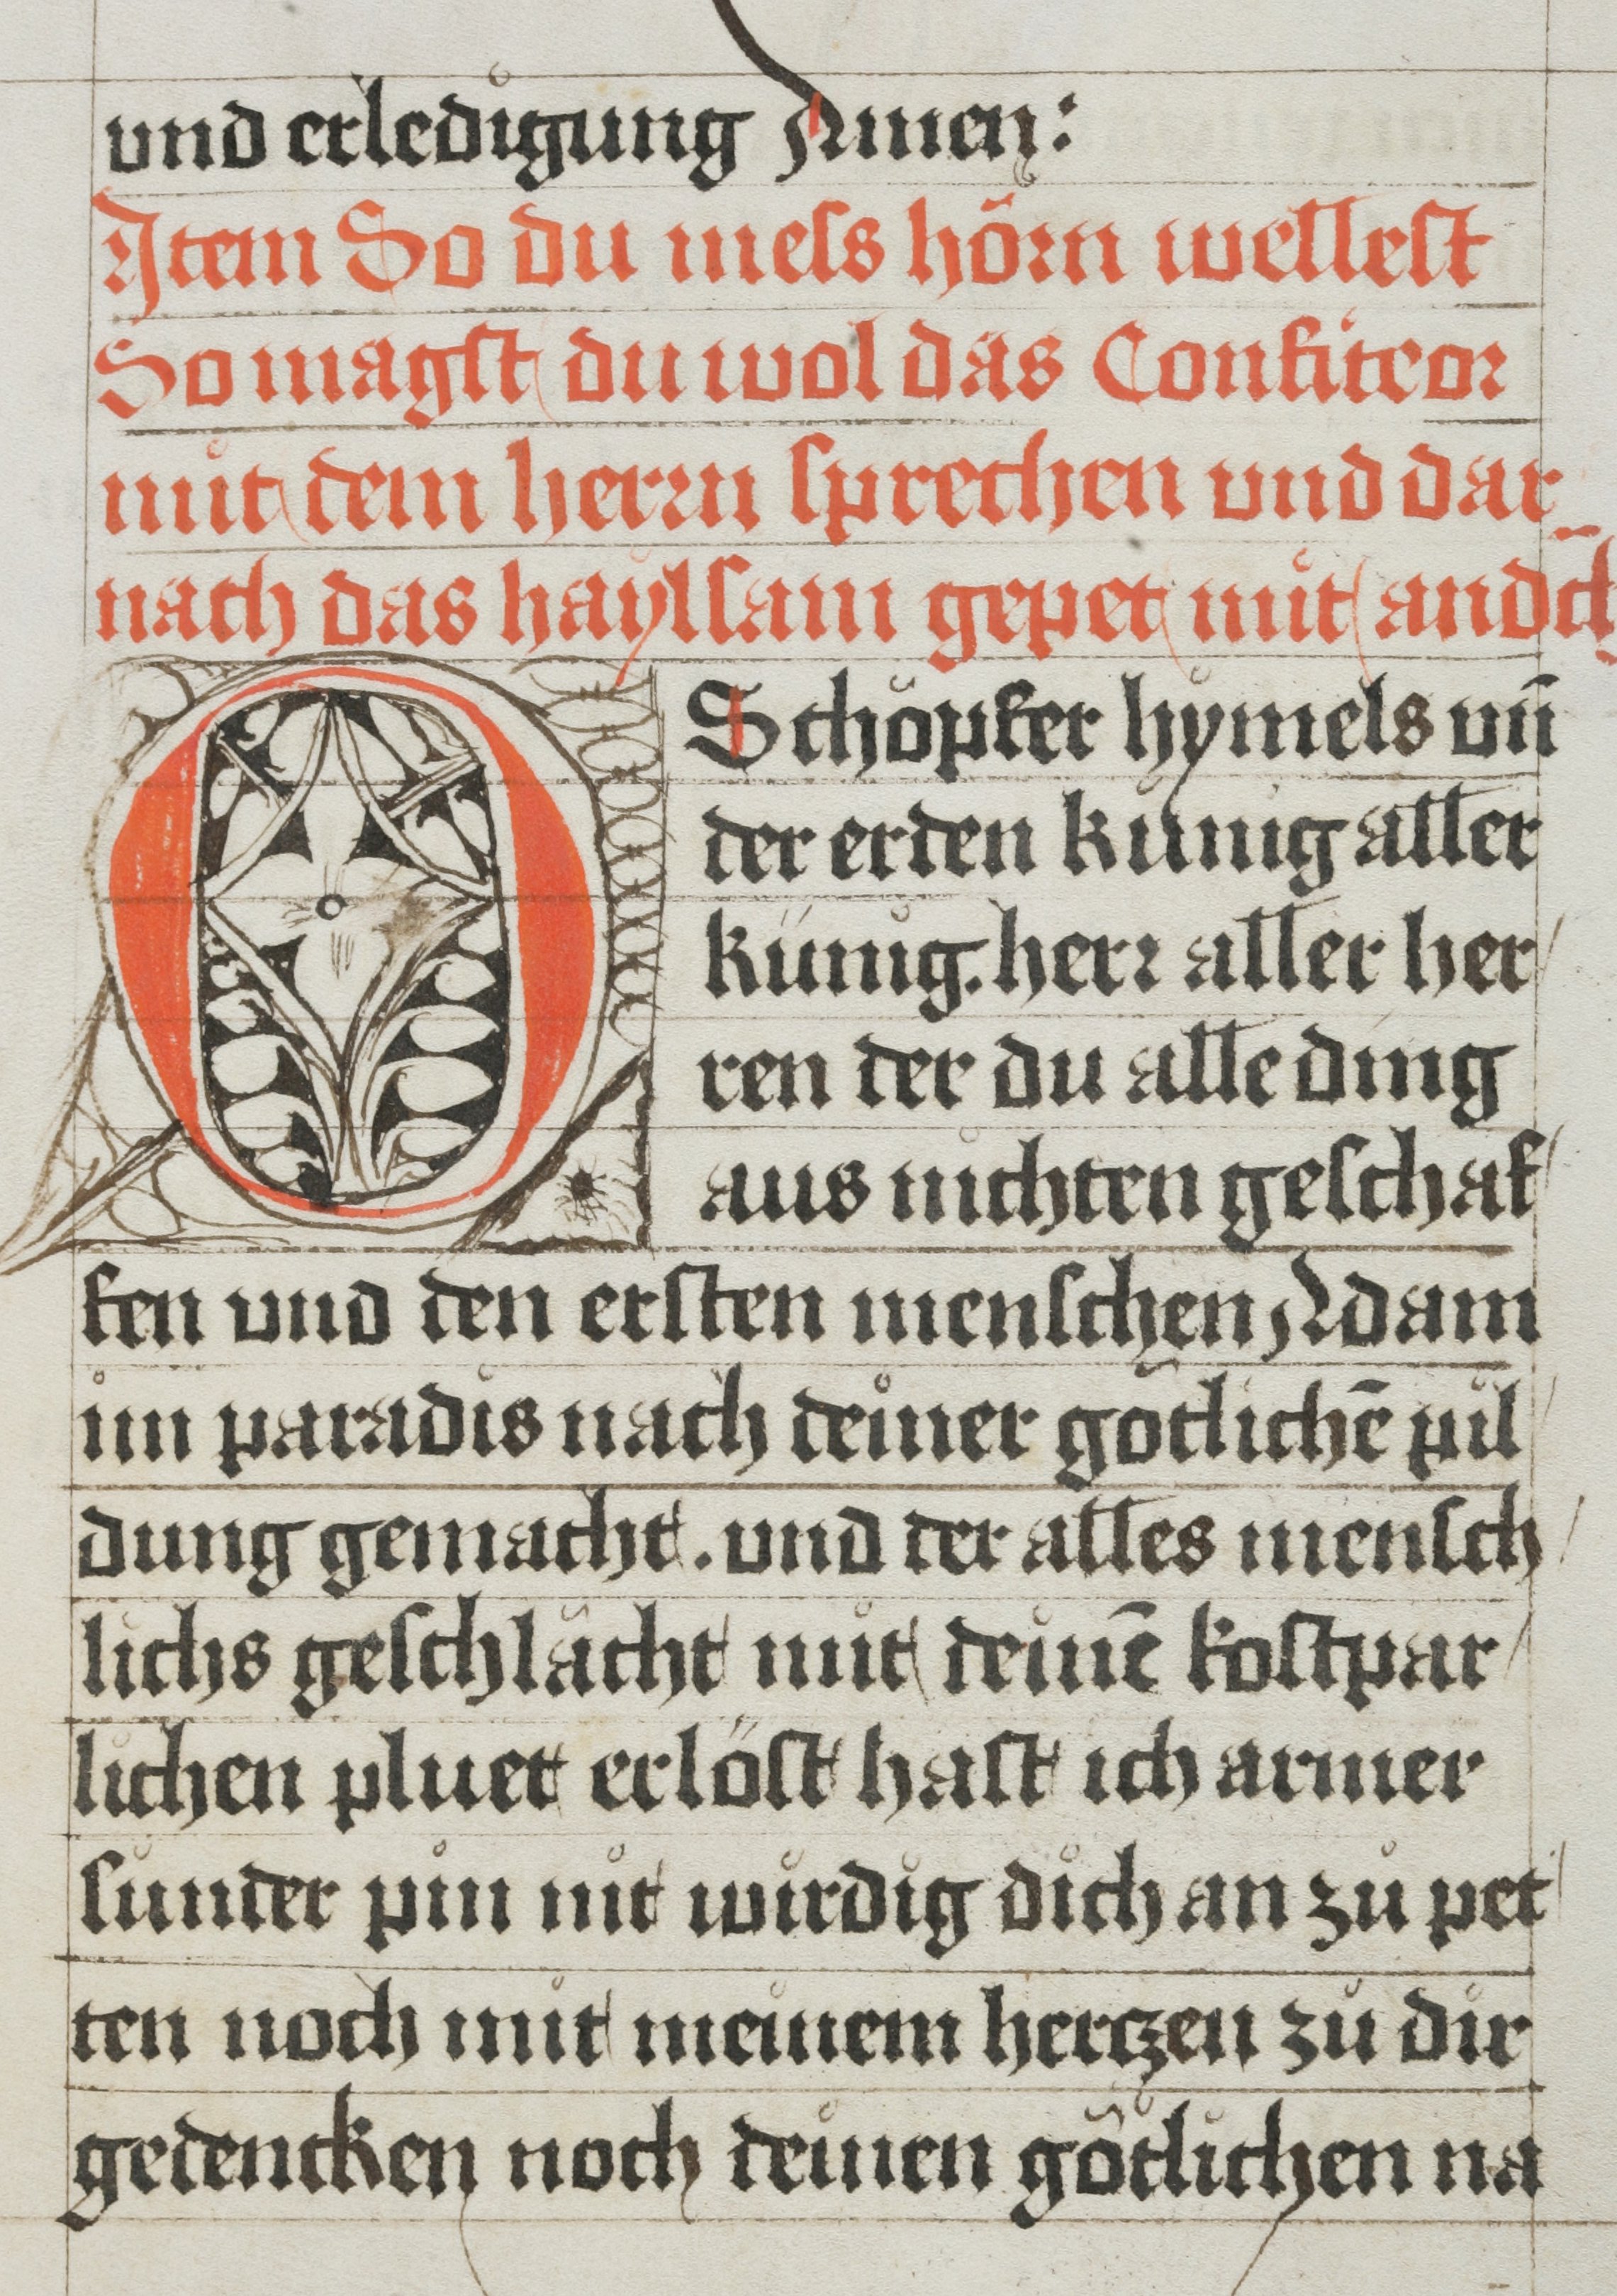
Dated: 1485–1535